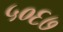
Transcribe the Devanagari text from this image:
५०६७